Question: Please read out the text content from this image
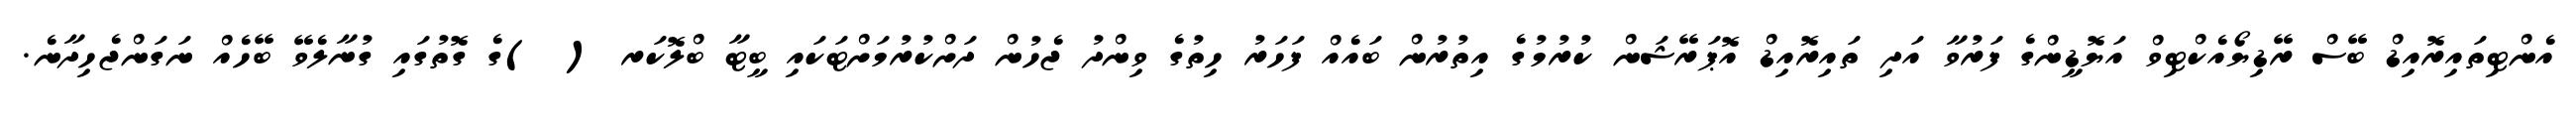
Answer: އެންޓިތައިރޮއިޑް ބޭސް ރޭޑިޔޯއެކްޓިވް އަޔޮޑީންގެ ފަރުވާ އަދި ތައިރޮއިޑް އޮޕަރޭޝަން ކުރުމުގެ އިތުރުން ބައެއް ފަހަރު ހިތުގެ ވިންދު ޖެހުން ދަށްކުރުމަށްޓަކައި ބީޓާ ބްލޮކަރ ( )ގެ ގޮތުގައި ގުނާލެވޭ ބޭހެއް ނަގަންޖެހިދާނެ.